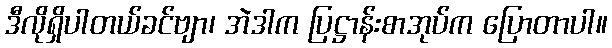
ဒီလိုရှိပါတယ်ခင်ဗျာ၊ အဲဒါက ပြဋ္ဌာန်းစာအုပ်က ပြောတာပါ။